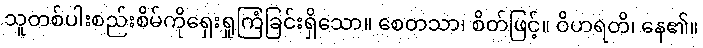
သူတစ်ပါးစည်းစိမ်ကိုရှေးရှုကြံခြင်းရှိသော။ စေတသာ၊ စိတ်ဖြင့်။ ဝိဟရတိ၊ နေ၏။